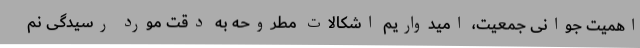
اهمیت جوانی جمعیت، امیدواریم اشکالات مطروحه به دقت مورد رسیدگی نم